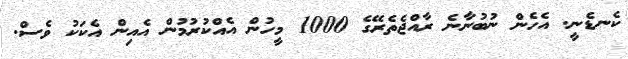
ކެނޑެނީ. އެހެން ނުބުނާނެ ރާއްޖެތެރޭގެ 1000 މީހުން އެއްްކުރުމުން އެއިން އެކަކު ވެސް.